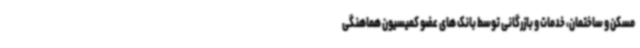
مسکن و ساختمان، خدمات و بازرگانی توسط بانک های عضو کمیسیون هماهنگی